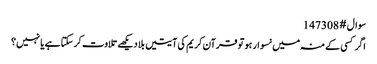
سوال # 147308
اگر کسی کے منہ میں نسوار ہو تو قرآن کریم کی آیتیں بلا دیکھے تلاوت کر سکتا ہے یا نہیں؟